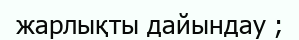
жарлықты дайындау ;